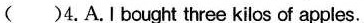
( )4.A.Ibought three kilos of apples.